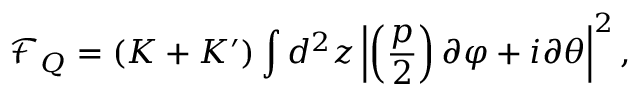
\mathcal F _ { Q } = ( K + K ^ { \prime } ) \int d ^ { 2 } z \left| \left( \frac { p } { 2 } \right) \partial \varphi + i \partial \theta \right| ^ { 2 } ,